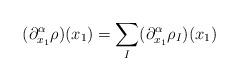
LaTeX: \begin{align*} (\partial^{\alpha}_{x_1}\rho)(x_1)=\sum_I(\partial_{x_1}^{\alpha}\rho_I)(x_1)\end{align*}